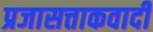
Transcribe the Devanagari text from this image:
प्रजासत्ताकवादी